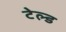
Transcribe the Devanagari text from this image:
टेल्ड